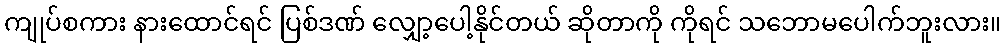
ကျုပ်စကား နားထောင်ရင် ပြစ်ဒဏ် လျှော့ပေါ့နိုင်တယ် ဆိုတာကို ကိုရင် သဘောမပေါက်ဘူးလား။